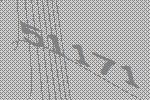
51171